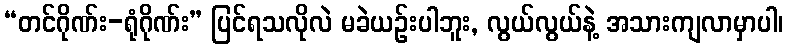
“တင်ဂိုဏ်း-ရုံဂိုဏ်း” ပြင်ရသလိုလဲ မခဲယဉ်းပါဘူး, လွယ်လွယ်နဲ့ အသားကျလာမှာပါ၊